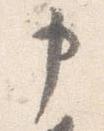
申